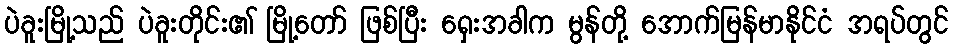
ပဲခူးမြို့သည် ပဲခူးတိုင်း၏ မြို့တော် ဖြစ်ပြီး ရှေးအခါက မွန်တို့ အောက်မြန်မာနိုင်ငံ အရပ်တွင်